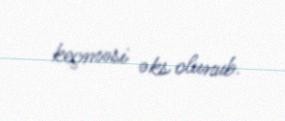
keçməsi əks olunub.